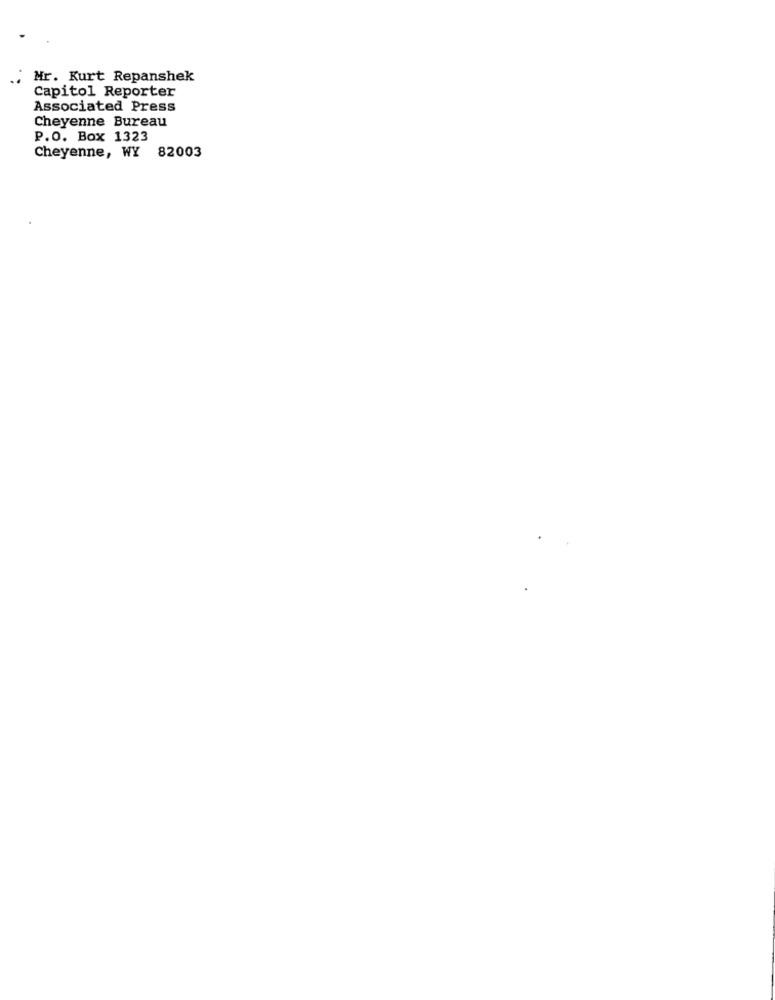
Mr. Kurt Repanshek
Capitol Reporter
Associated Press
Cheyenne Bureau
P.O. Box 1323
Cheyenne, WY 82003